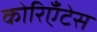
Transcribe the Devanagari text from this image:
कोरिएँटेस